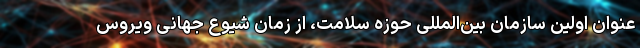
عنوان اولین سازمان بین‌المللی حوزه سلامت، از زمان شیوع جهانی ویروس